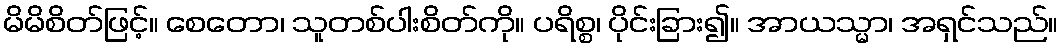
မိမိစိတ်ဖြင့်။ စေတော၊ သူတစ်ပါးစိတ်ကို။ ပရိစ္စ၊ ပိုင်းခြား၍။ အာယသ္မာ၊ အရှင်သည်။